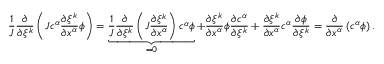
\frac { 1 } { J } \frac { \partial } { \partial \xi ^ { k } } \left( J c ^ { \alpha } \frac { \partial \xi ^ { k } } { \partial x ^ { \alpha } } \phi \right) = \underbrace { \frac { 1 } { J } \frac { \partial } { \partial \xi ^ { k } } \left( J \frac { \partial \xi ^ { k } } { \partial x ^ { \alpha } } \right) c ^ { \alpha } \phi } _ { = 0 } + \frac { \partial \xi ^ { k } } { \partial x ^ { \alpha } } \phi \frac { \partial c ^ { \alpha } } { \partial \xi ^ { k } } + \frac { \partial \xi ^ { k } } { \partial x ^ { \alpha } } c ^ { \alpha } \frac { \partial \phi } { \partial \xi ^ { k } } = \frac { \partial } { \partial x ^ { \alpha } } \left( c ^ { \alpha } \phi \right) .